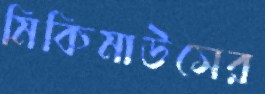
মিকিমাউসের